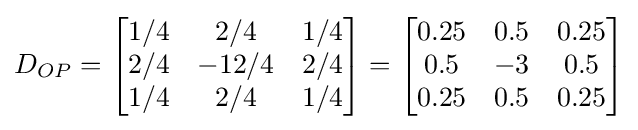
D_{OP}={\begin{bmatrix}1/4&2/4&1/4\\2/4&-12/4&2/4\\1/4&2/4&1/4\end{bmatrix}}={\begin{bmatrix}0.25&0.5&0.25\\0.5&-3&0.5\\0.25&0.5&0.25\end{bmatrix}}